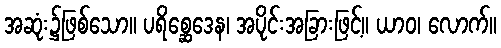
အဆုံး၌ဖြစ်သော။ ပရိစ္ဆေဒေန၊ အပိုင်းအခြားဖြင့်။ ယာဝ၊ လောက်။